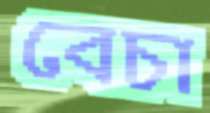
বেচা